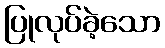
ပြုလုပ်ခဲ့သော